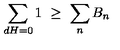
\sum _ { d H = 0 } 1 \ \geq \ \sum _ { n } B _ { n }